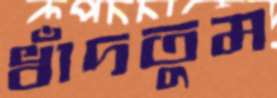
ধাঁদতুম